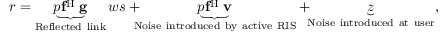
\begin{array} { r } { r = \underbrace { p { { \bf { f } } ^ { \mathrm { H } } } { \bf { \Theta g } } } _ { { \mathrm { R e f l e c t e d ~ l i n k } } } w s + \! \! \! \! \underbrace { p { { \bf { f } } ^ { \mathrm { H } } } { \bf { \Theta v } } } _ { { \mathrm { N o i s e ~ i n t r o d u c e d ~ b y ~ a c t i v e ~ R I S } } } + \! \! \underbrace z _ { { \mathrm { N o i s e ~ i n t r o d u c e d ~ a t ~ u s e r } } } , } \end{array}